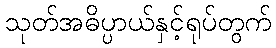
သုတ်အဓိပ္ပာယ်နှင့်ရုပ်တွက်